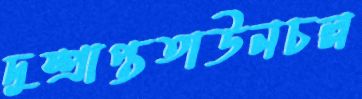
দুষ্প্রাপ্ততাউনচল্ল